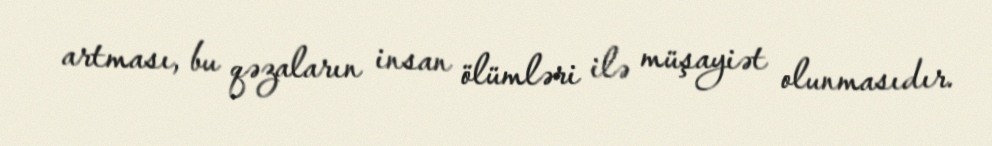
artması, bu qəzaların insan ölümləri ilə müşayiət olunmasıdır.